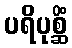
ပရိပုစ္ဆိံ